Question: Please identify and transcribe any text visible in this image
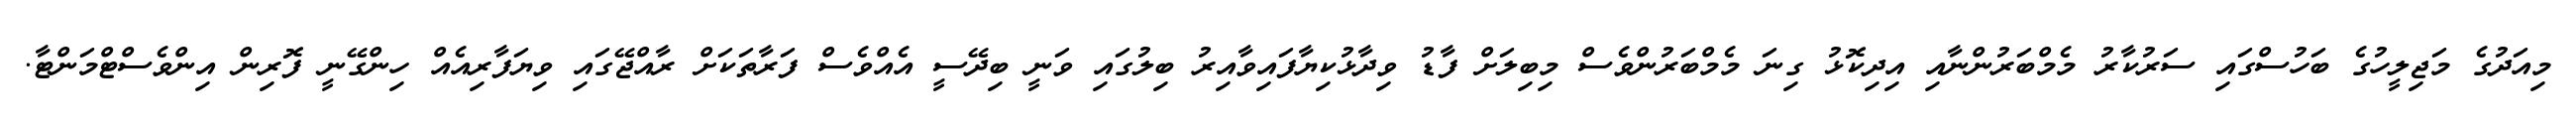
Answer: މިއަދުގެ މަޖިލީހުގެ ބަހުސްގައި ސަރުކާރު މެމްބަރުންނާއި އިދިކޮޅު ގިނަ މެމްބަރުންވެސް މިބިލަށް ފާޑު ވިދާޅުކިޔާފައިވާއިރު ބިލުގައި ވަނީ ބިދޭސީ އެއްވެސް ފަރާތަކަށް ރާއްޖޭގައި ވިޔަފާރިއެއް ހިންގޭނީ ފޮރިން އިންވެސްޓްމަންޓާ.